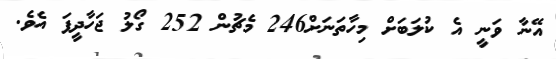
އޭނާ ވަނީ އެ ކުލަބަށް މިހާތަނަށް246 މެޗުން 252 ގޯލު ޖަހާދީފަ އެވެ.